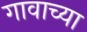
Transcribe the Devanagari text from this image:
गावाच्‍या